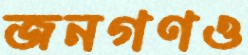
জনগণও